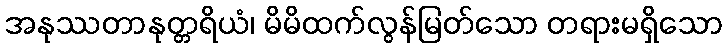
အနုဿတာနုတ္တရိယံ၊ မိမိထက်လွန်မြတ်သော တရားမရှိသော